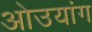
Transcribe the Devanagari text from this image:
ओउयांग